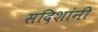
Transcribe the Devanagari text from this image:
सदिशांनी